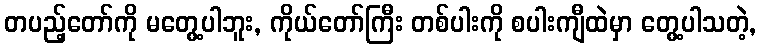
တပည့်တော်ကို မတွေ့ပါဘူး, ကိုယ်တော်ကြီး တစ်ပါးကို စပါးကျီထဲမှာ တွေ့ပါသတဲ့,